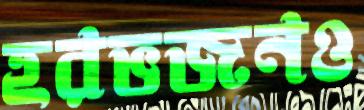
হরভজনও